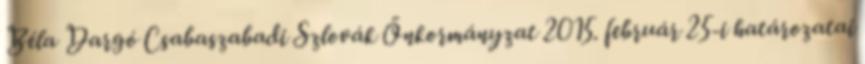
Béla Dargó Csabaszabadi Szlovák Önkormányzat 2015. február 25-i határozatai